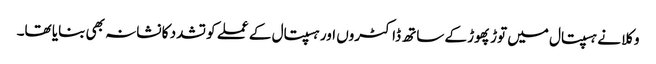
وکلا نے ہسپتال میں توڑ پھوڑ کے ساتھ ڈاکٹروں اور ہسپتال کے عملے کو تشدد کا نشانہ بھی بنایا تھا۔